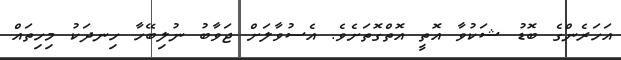
އަހަރެންގެ ބޮޑު ޝަކުވާ އޮތީ އޮތްގޮތަށެވެ. އެސުވާލަށް ޖަވާބު ނުލިބޭހާ ހިނދަކު މިހިތައް